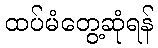
ထပ်မံတွေ့ဆုံရန်